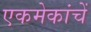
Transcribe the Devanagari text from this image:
एकमेकांचें